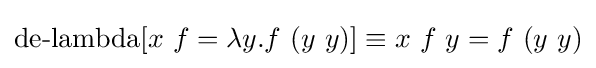
\operatorname {de-lambda} [x\ f=\lambda y.f\ (y\ y)]\equiv x\ f\ y=f\ (y\ y)